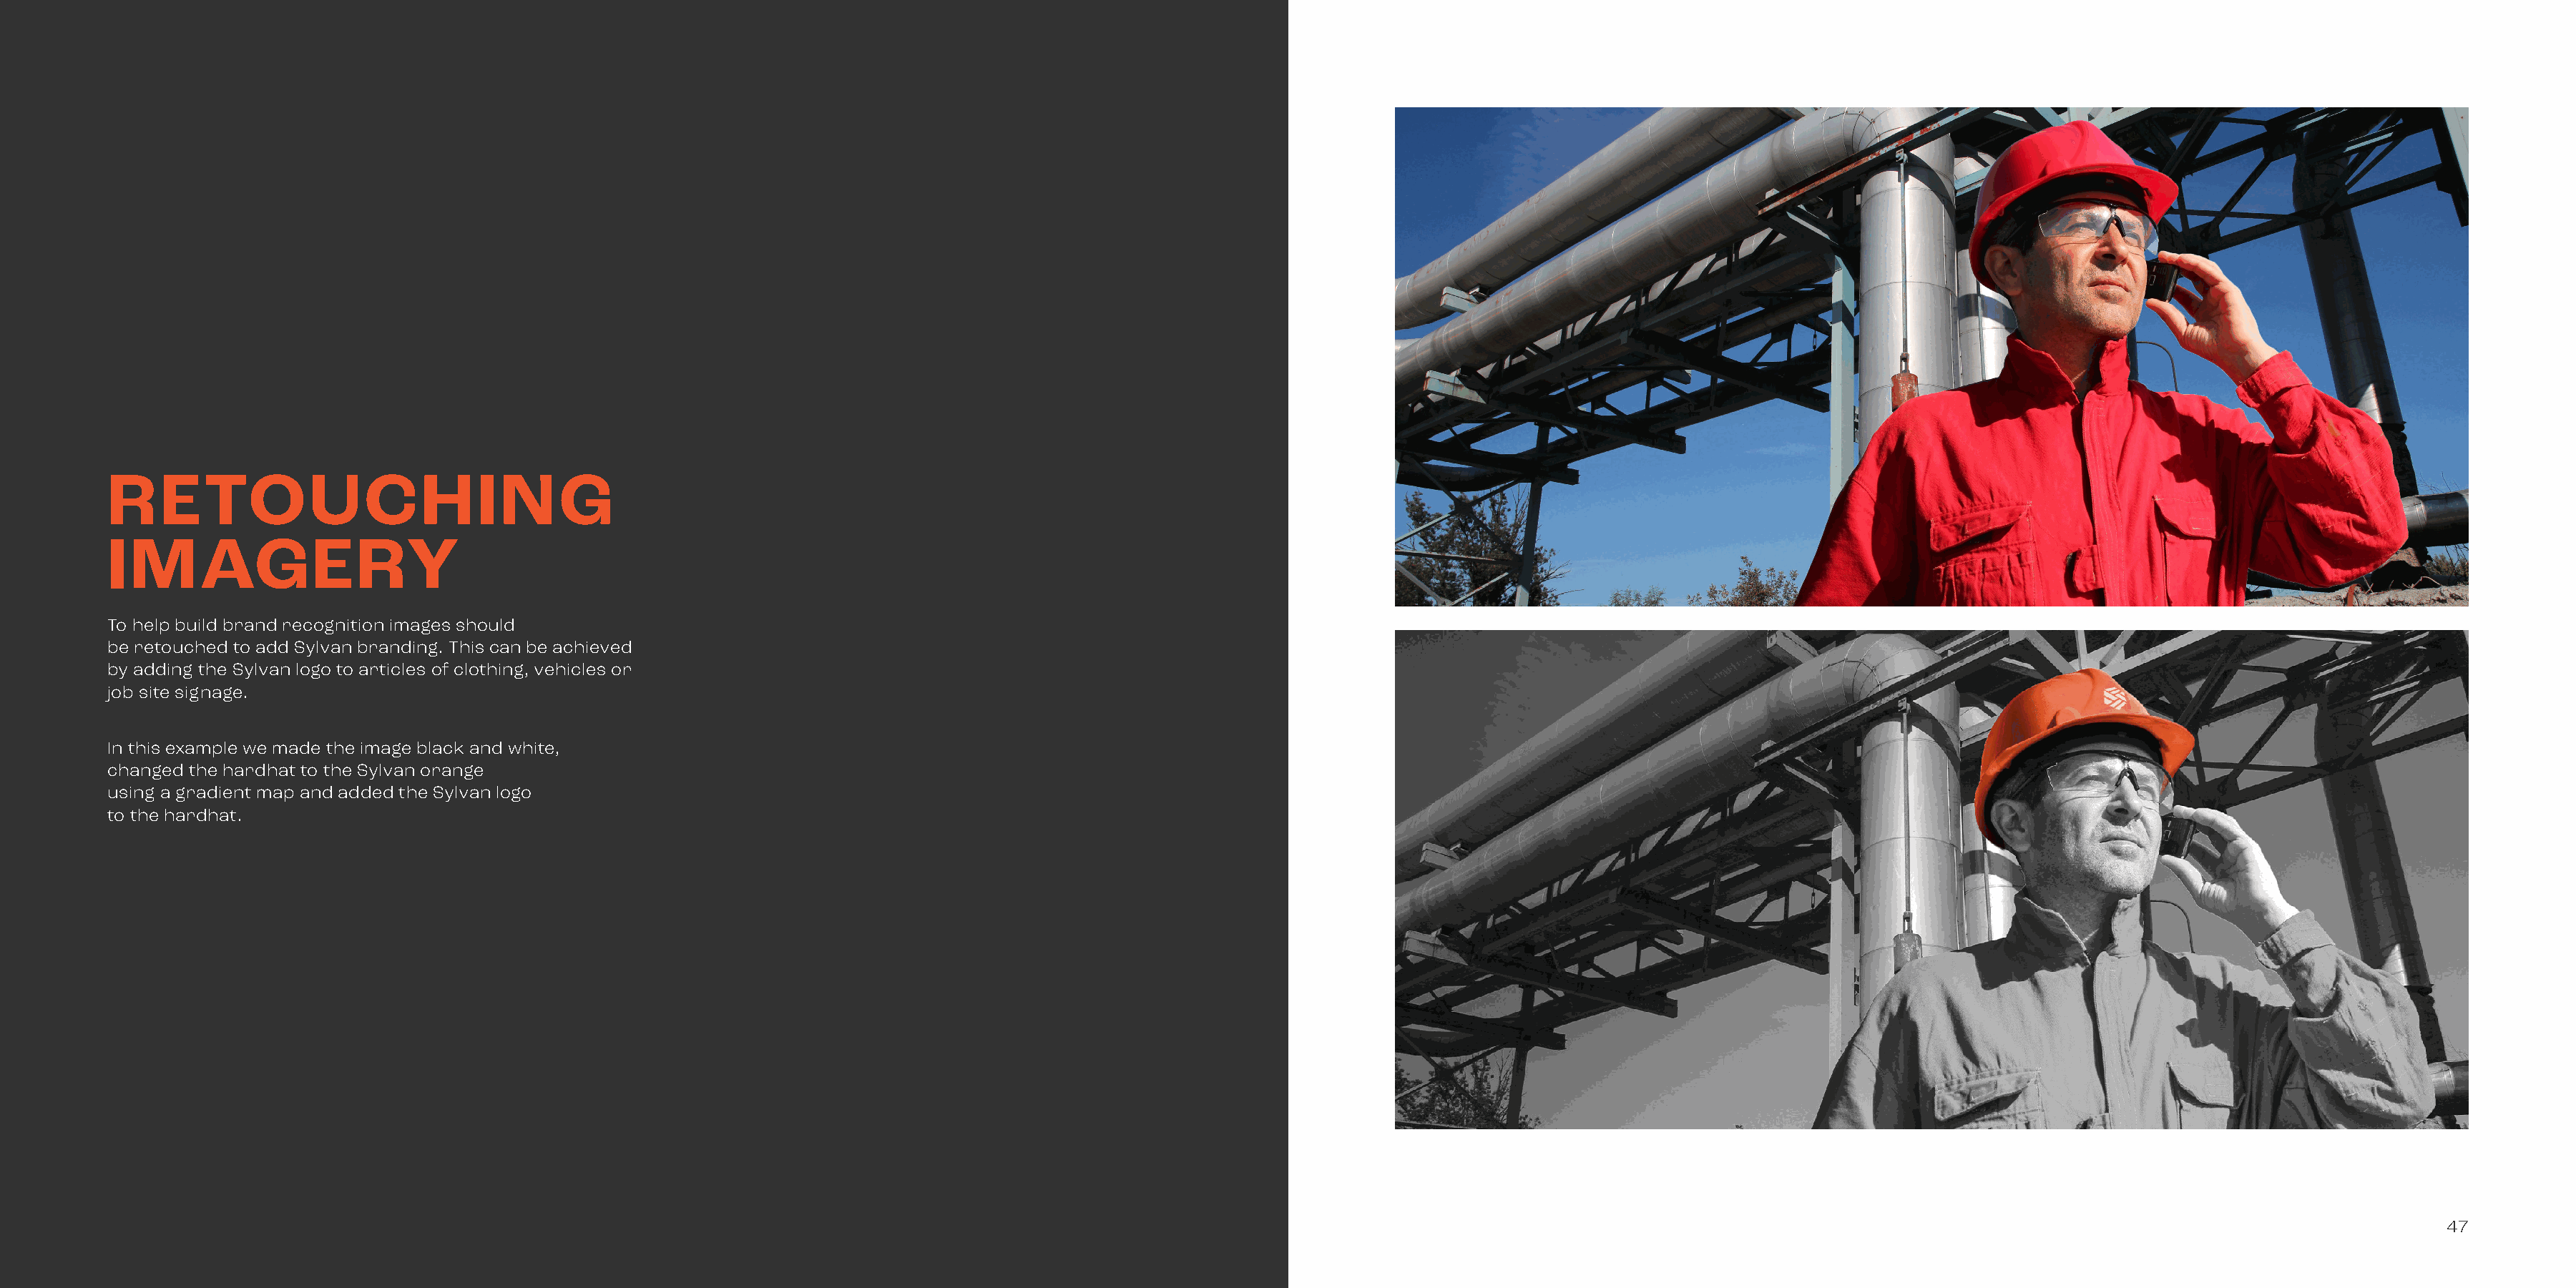
RETOUCHING
 IMAGERY
 To help build brand recognition images should
 be retouched to add Sylvan branding. This can be achieved
 by adding the Sylvan logo to articles of clothing, vehicles or
 job site signage.
 In this example we made the image black and white,
 changed the hardhat to the Sylvan orange
 using a gradient map and added the Sylvan logo
 to the hardhat.
 47